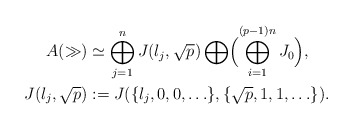
\begin{align*}A(\gg) &\simeq \bigoplus_{j=1}^n J(\l_j,\sqrt{p})\bigoplus\Bigl(\bigoplus_{i=1}^{(p-1)n}J_0\Bigr), \\J(\l_j,\sqrt{p})&:=J(\{\l_j,0,0,\ldots\},\{\sqrt{p},1,1,\ldots\}).\end{align*}